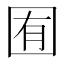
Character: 囿